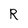
Character: R